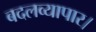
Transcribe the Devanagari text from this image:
बदलव्यापार।